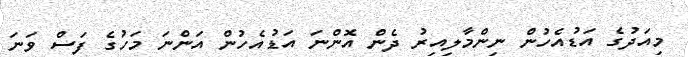
މިއަދުގެ އަޑުއެހުން ނިންމާލިއިރު ދެން އޮންނަ އަޑުއެހުން އަންނަ މަހުގެ ފަސް ވަނަ